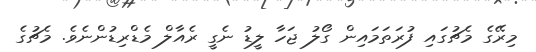
މިރޭގެ މެޗުގައި ފުރަތަމައިން ގޯލު ޖަހާ ލީޑު ނެގީ ރެއާލް މެޑްރިޑުންނެވެ. މެޗުގެ